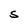
Character: S